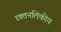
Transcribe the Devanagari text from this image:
रक्तनलिकीय